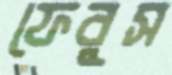
ফেবুস